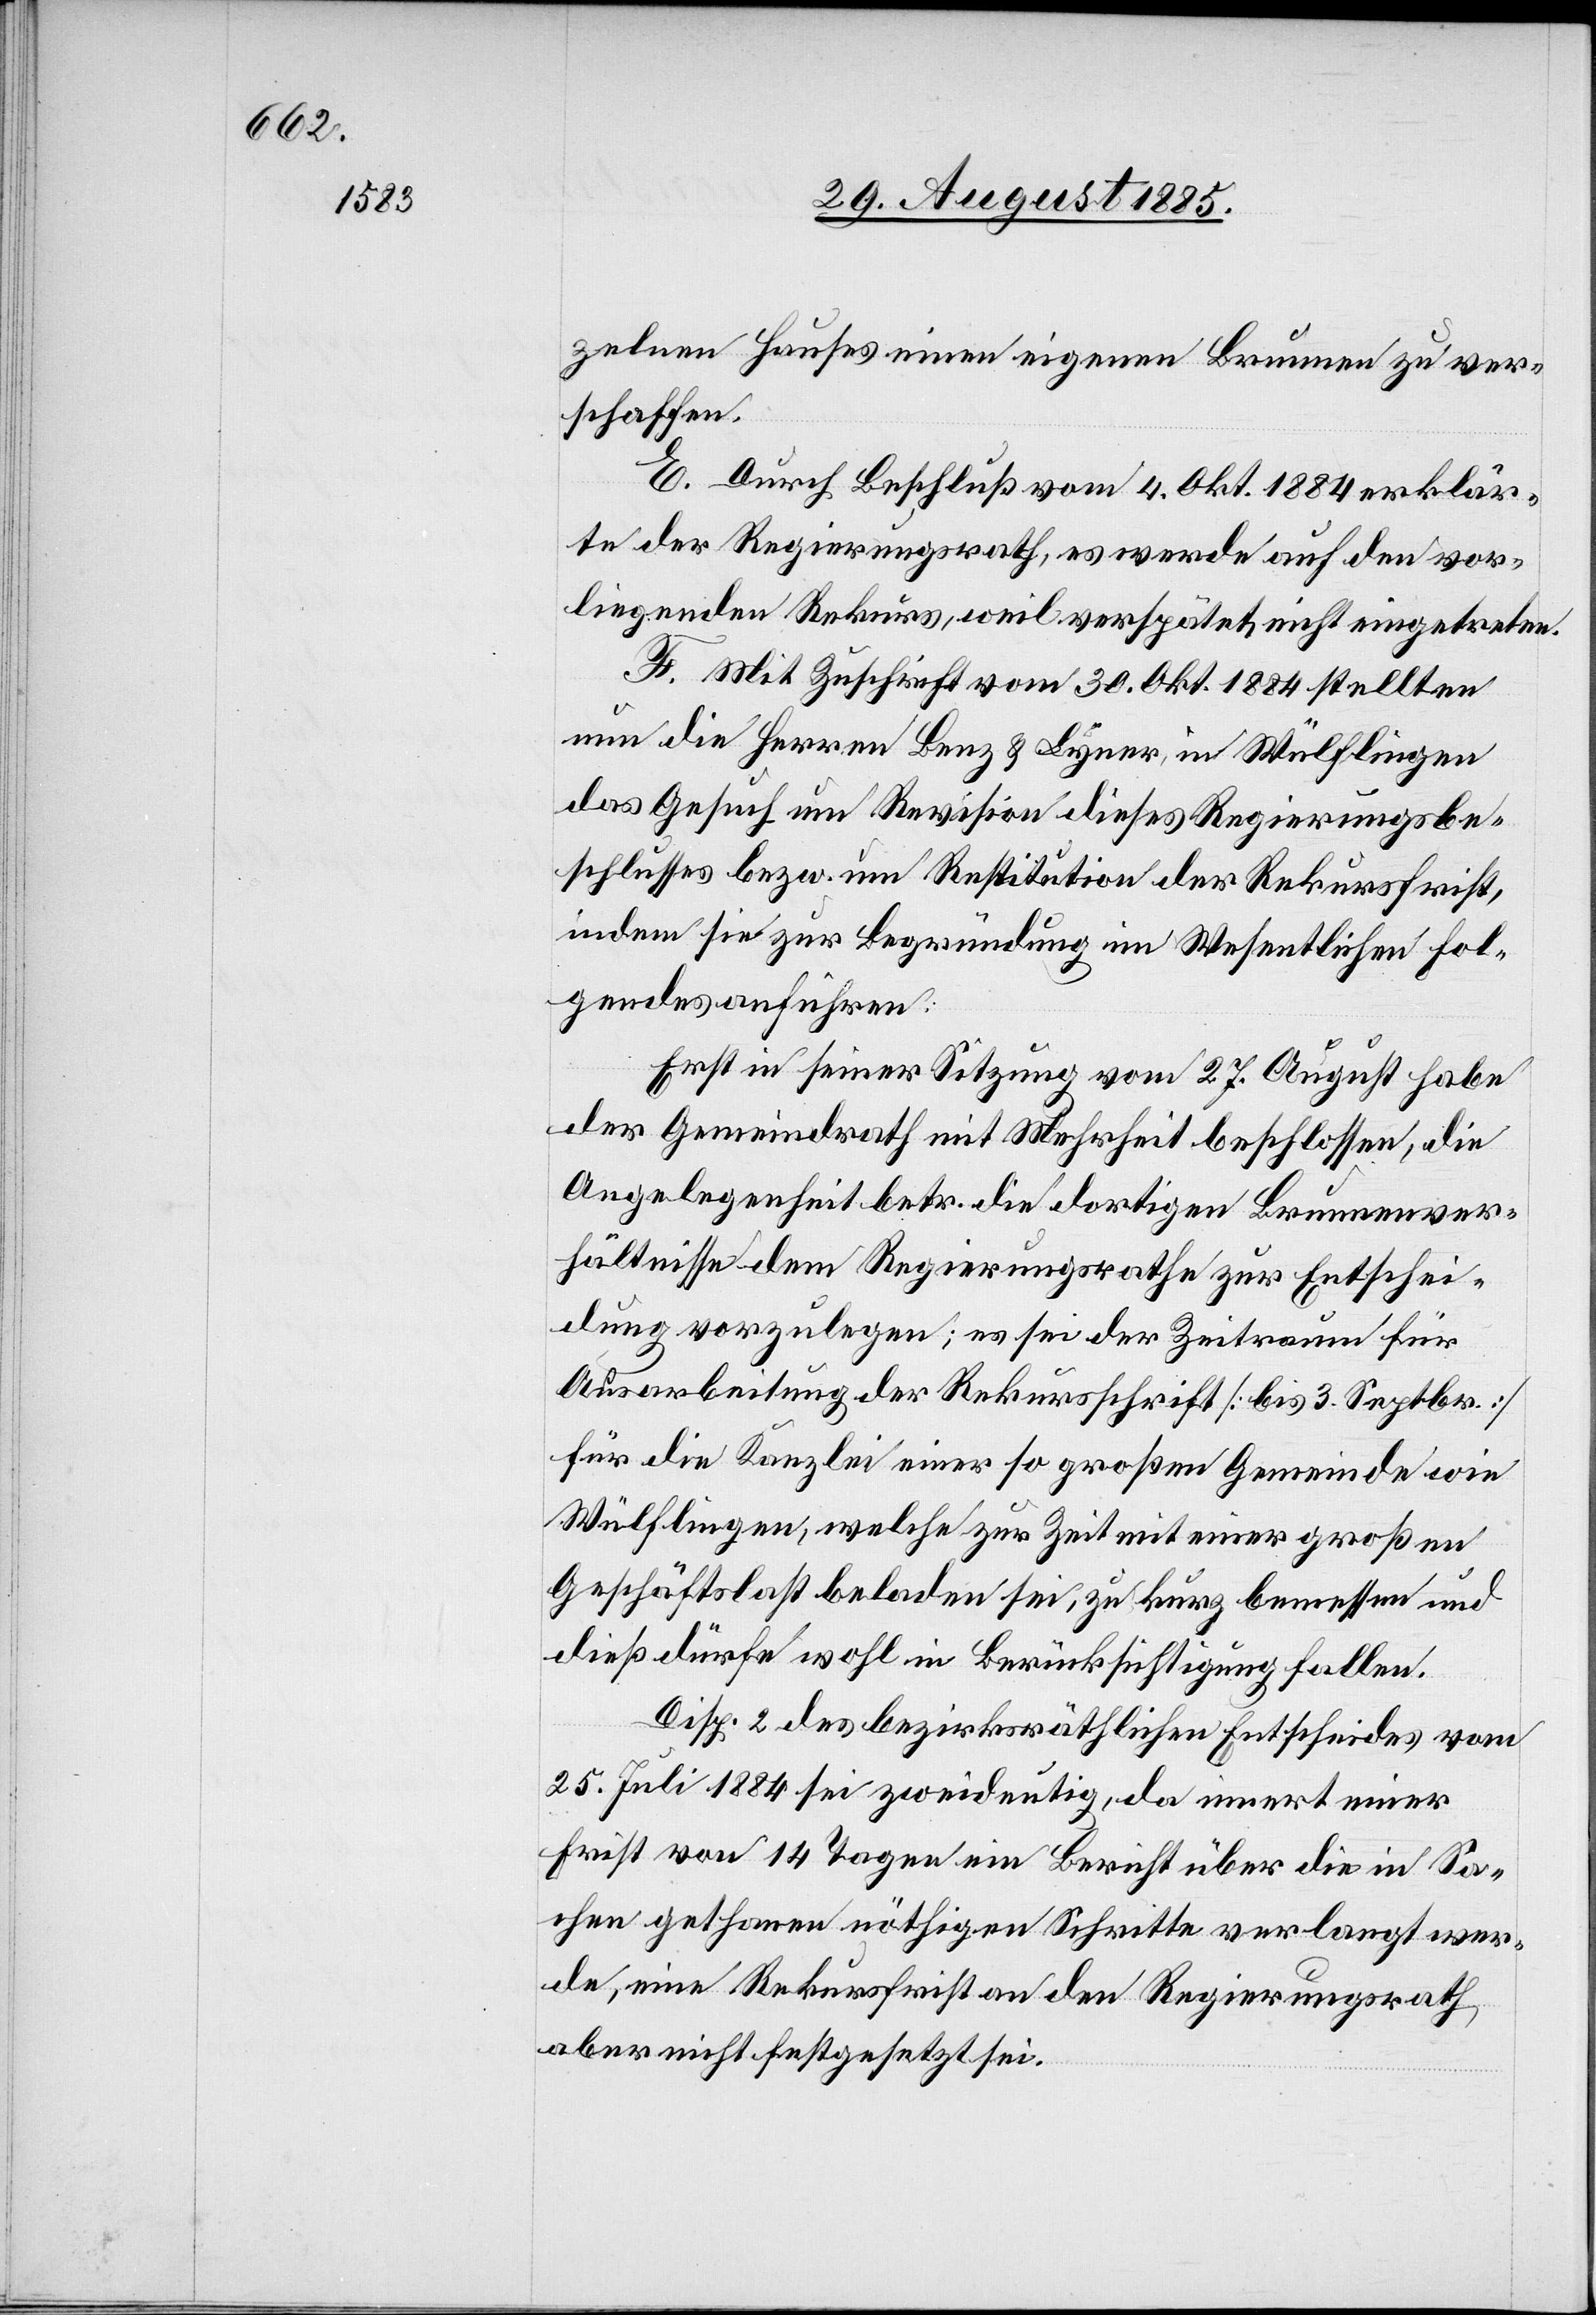
zelnen Hauses einen eigenen Brunnen zu ver¬
schaffen.
E. Durch Beschluß vom 4. Okt. 1884 erklär¬
te der Regierungsrath, es werde auf den vor¬
liegenden Rekurs, weil verspätet, nicht eingetreten.
F. Mit Zuschrift vom 30. Okt. 1884 stellten
nun die Herren Benz & Lyner, in Wülflingen
das Gesuch um Revision dieses Regierungsbe¬
schlusses bezw. um Restitution der Rekursfrist,
indem sie zur Begründung im Wesentlichen Fol¬
gendes anführen:
Erst in seiner Sitzung vom 27. August habe
der Gemeindrath mit Mehrheit beschlossen, die
Angelegenheit betr. die dortigen Brunnenver¬
hältnisse dem Regierungsrathe zur Entschei¬
dung vorzulegen; es sei der Zeitraum für
Ausarbeitung der Rekursschrift [bis 3. Septbr.]
für die Kanzlei einer so großen Gemeinde wie
Wülflingen, welche zur Zeit mit einer großen
Geschäftslast beladen sei, zu kurz bemessen und
dieß dürfe wohl in Berücksichtigung fallen.
Disp. 2 des bezirksräthlichen Entscheides vom
25. Juli 1884 sei zweideutig, da innert einer
Frist von 14 Tagen ein Bericht über die in Sa¬
chen gethanen nöthigen Schritte verlangt wer¬
de, eine Rekursfrist an den Regierungsrath
aber nicht festgesetzt sei.